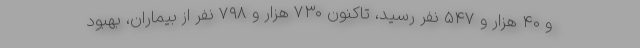
و ۴۰ هزار و ۵۴۷ نفر رسید، تاکنون ۷۳۰ هزار و ۷۹۸ نفر از بیماران، بهبود